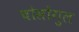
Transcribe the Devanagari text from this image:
चोसोंगुल